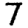
Digit: 7